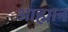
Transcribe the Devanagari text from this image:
आह्मान